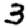
Digit: 3